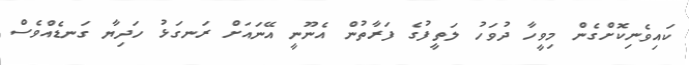
ކައިވެނިކޮށްގެން މިވީހާ ދުވަހު ލަތީފުގެ ފަރާތުން އެނޫނީ އޭނައަށް ރަނގަޅު ހަދިޔާ ގަނޑެއްވެސް